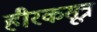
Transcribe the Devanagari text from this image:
हीरकसूत्र